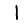
Digit: 1